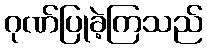
ဂုဏ်ပြုခဲ့ကြသည်